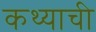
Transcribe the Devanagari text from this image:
कथ्याची